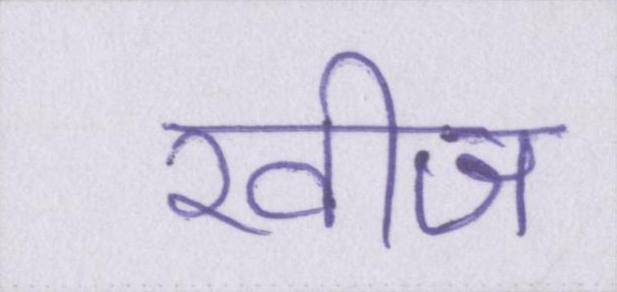
खीज